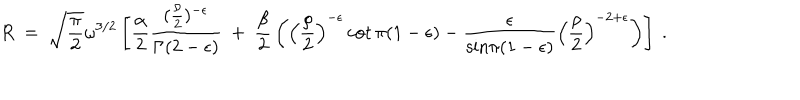
R ~ = ~ { \sqrt { \frac { \pi } { 2 } } } \omega ^ { 3 / 2 } \left[ { \frac { \alpha } { 2 } } \frac { ( { \frac { \rho } { 2 } } ) ^ { - \epsilon } } { \Gamma ( 2 - \epsilon ) } ~ + ~ { \frac { \beta } { 2 } } \left( \left( { \frac { \rho } { 2 } } \right) ^ { - \epsilon } \cot \pi ( 1 - \epsilon ) - \frac { \epsilon } { { \mathrm { s i n } } \pi ( 1 - \epsilon ) } \left( { \frac { \rho } { 2 } } \right) ^ { - 2 + \epsilon } \right) \right] ~ .